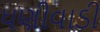
ધણીવાડી